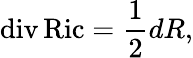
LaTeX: \operatorname{div}\operatorname{Ric}={\frac{1}{2}}dR,